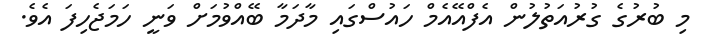
މި ބުރުގެ ގުރުއަތުލުން އެފްއޭއެމް ހައުސްގައި މާދަމާ ބޭއްވުމަށް ވަނީ ހަމަޖެހިފަ އެވެ.